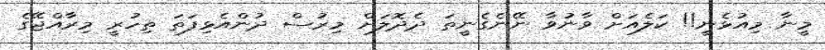
މީނާ މިއުޅެނީ!! ކަލެއަށް ވާނުވާ ނޭނެގެނީތަ ދެދޮލަށް މިރުސް ދުންއެޅިފަތަ ތިހުރީ މިރާއްޖޭގެ